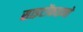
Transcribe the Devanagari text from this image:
साइटोंकाइनों